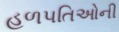
હળપતિઓની